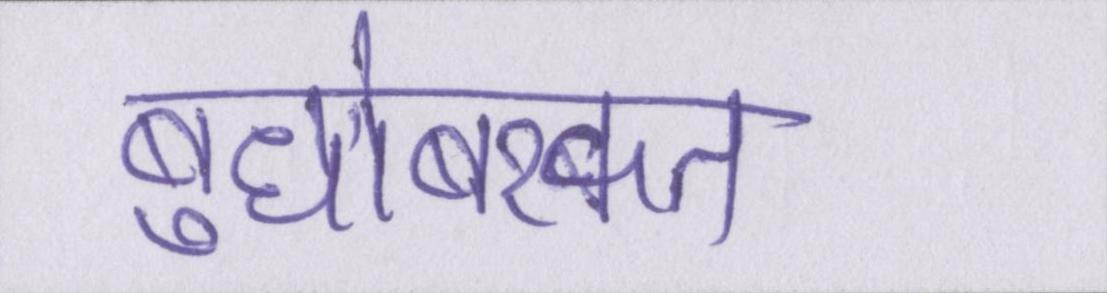
बुधोबरकत